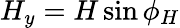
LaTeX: H_{y}=H\sin{\phi_{H}}